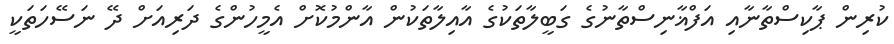
ކުރިން ޕާކިސްތާނާއި އަފްޣާނިސްތާނުގެ ގަބީލާތަކުގެ އާއިލާތަކުން އާންމުކޮށް އެމީހުންގެ ދަރިއަށް ދޭ ނަސޭހަތަކީ